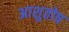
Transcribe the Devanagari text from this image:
अाशुतोष